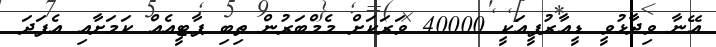
އޭނާ ވިދާޅުވީ ޑީއާރުޕީއަކީ 40000 ވަރަކަށް މެމްބަރުން ތިބި ޕާޓީއެއް ކަމަށާއި އެފަދަ